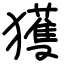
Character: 獲